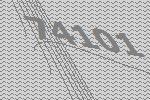
74101